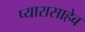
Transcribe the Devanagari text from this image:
प्यारासाहेब